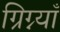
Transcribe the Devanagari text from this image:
ग्रिग्न्याँ